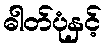
ဓါတ်ပုံနှင့်